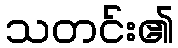
သတင်း၏